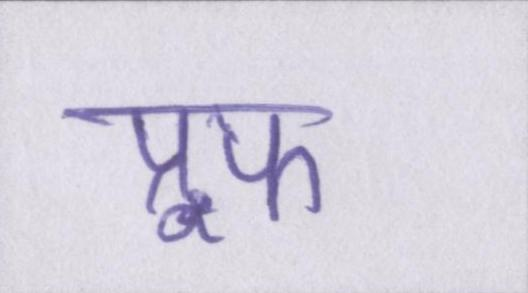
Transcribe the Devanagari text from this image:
प्रूफ